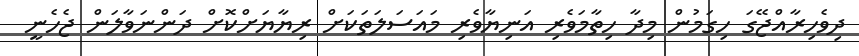
ދިވެހިރާއްޖޭގަ ހިގަމުން މިދާ ހިތާމަވެރި އަނިޔާވެރި މައަސަލަތަކަށް ރިޔާޔަށްކޮށް ދަންނަވާލަން ޖެހެނީ